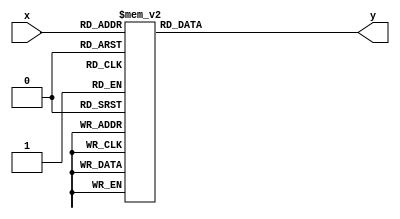
module output_time(x,y);
	input [3:0]x;
	output [7:0]y;
	reg [7:0]y;
		always @(x)
			case(x)
				4'b0000:y=8'b11111100;
				4'b0001:y=8'b01100000;
				4'b0010:y=8'b11011010;
				4'b0011:y=8'b11110010;
				4'b0100:y=8'b01100110;
				4'b0101:y=8'b10110110;
				4'b0110:y=8'b10111110;
				4'b0111:y=8'b11100000;
				4'b1000:y=8'b11111110;
				4'b1001:y=8'b11110110;
				4'b1010:y=8'b00000010;
				default:y=8'b10011110;
			endcase
endmodule